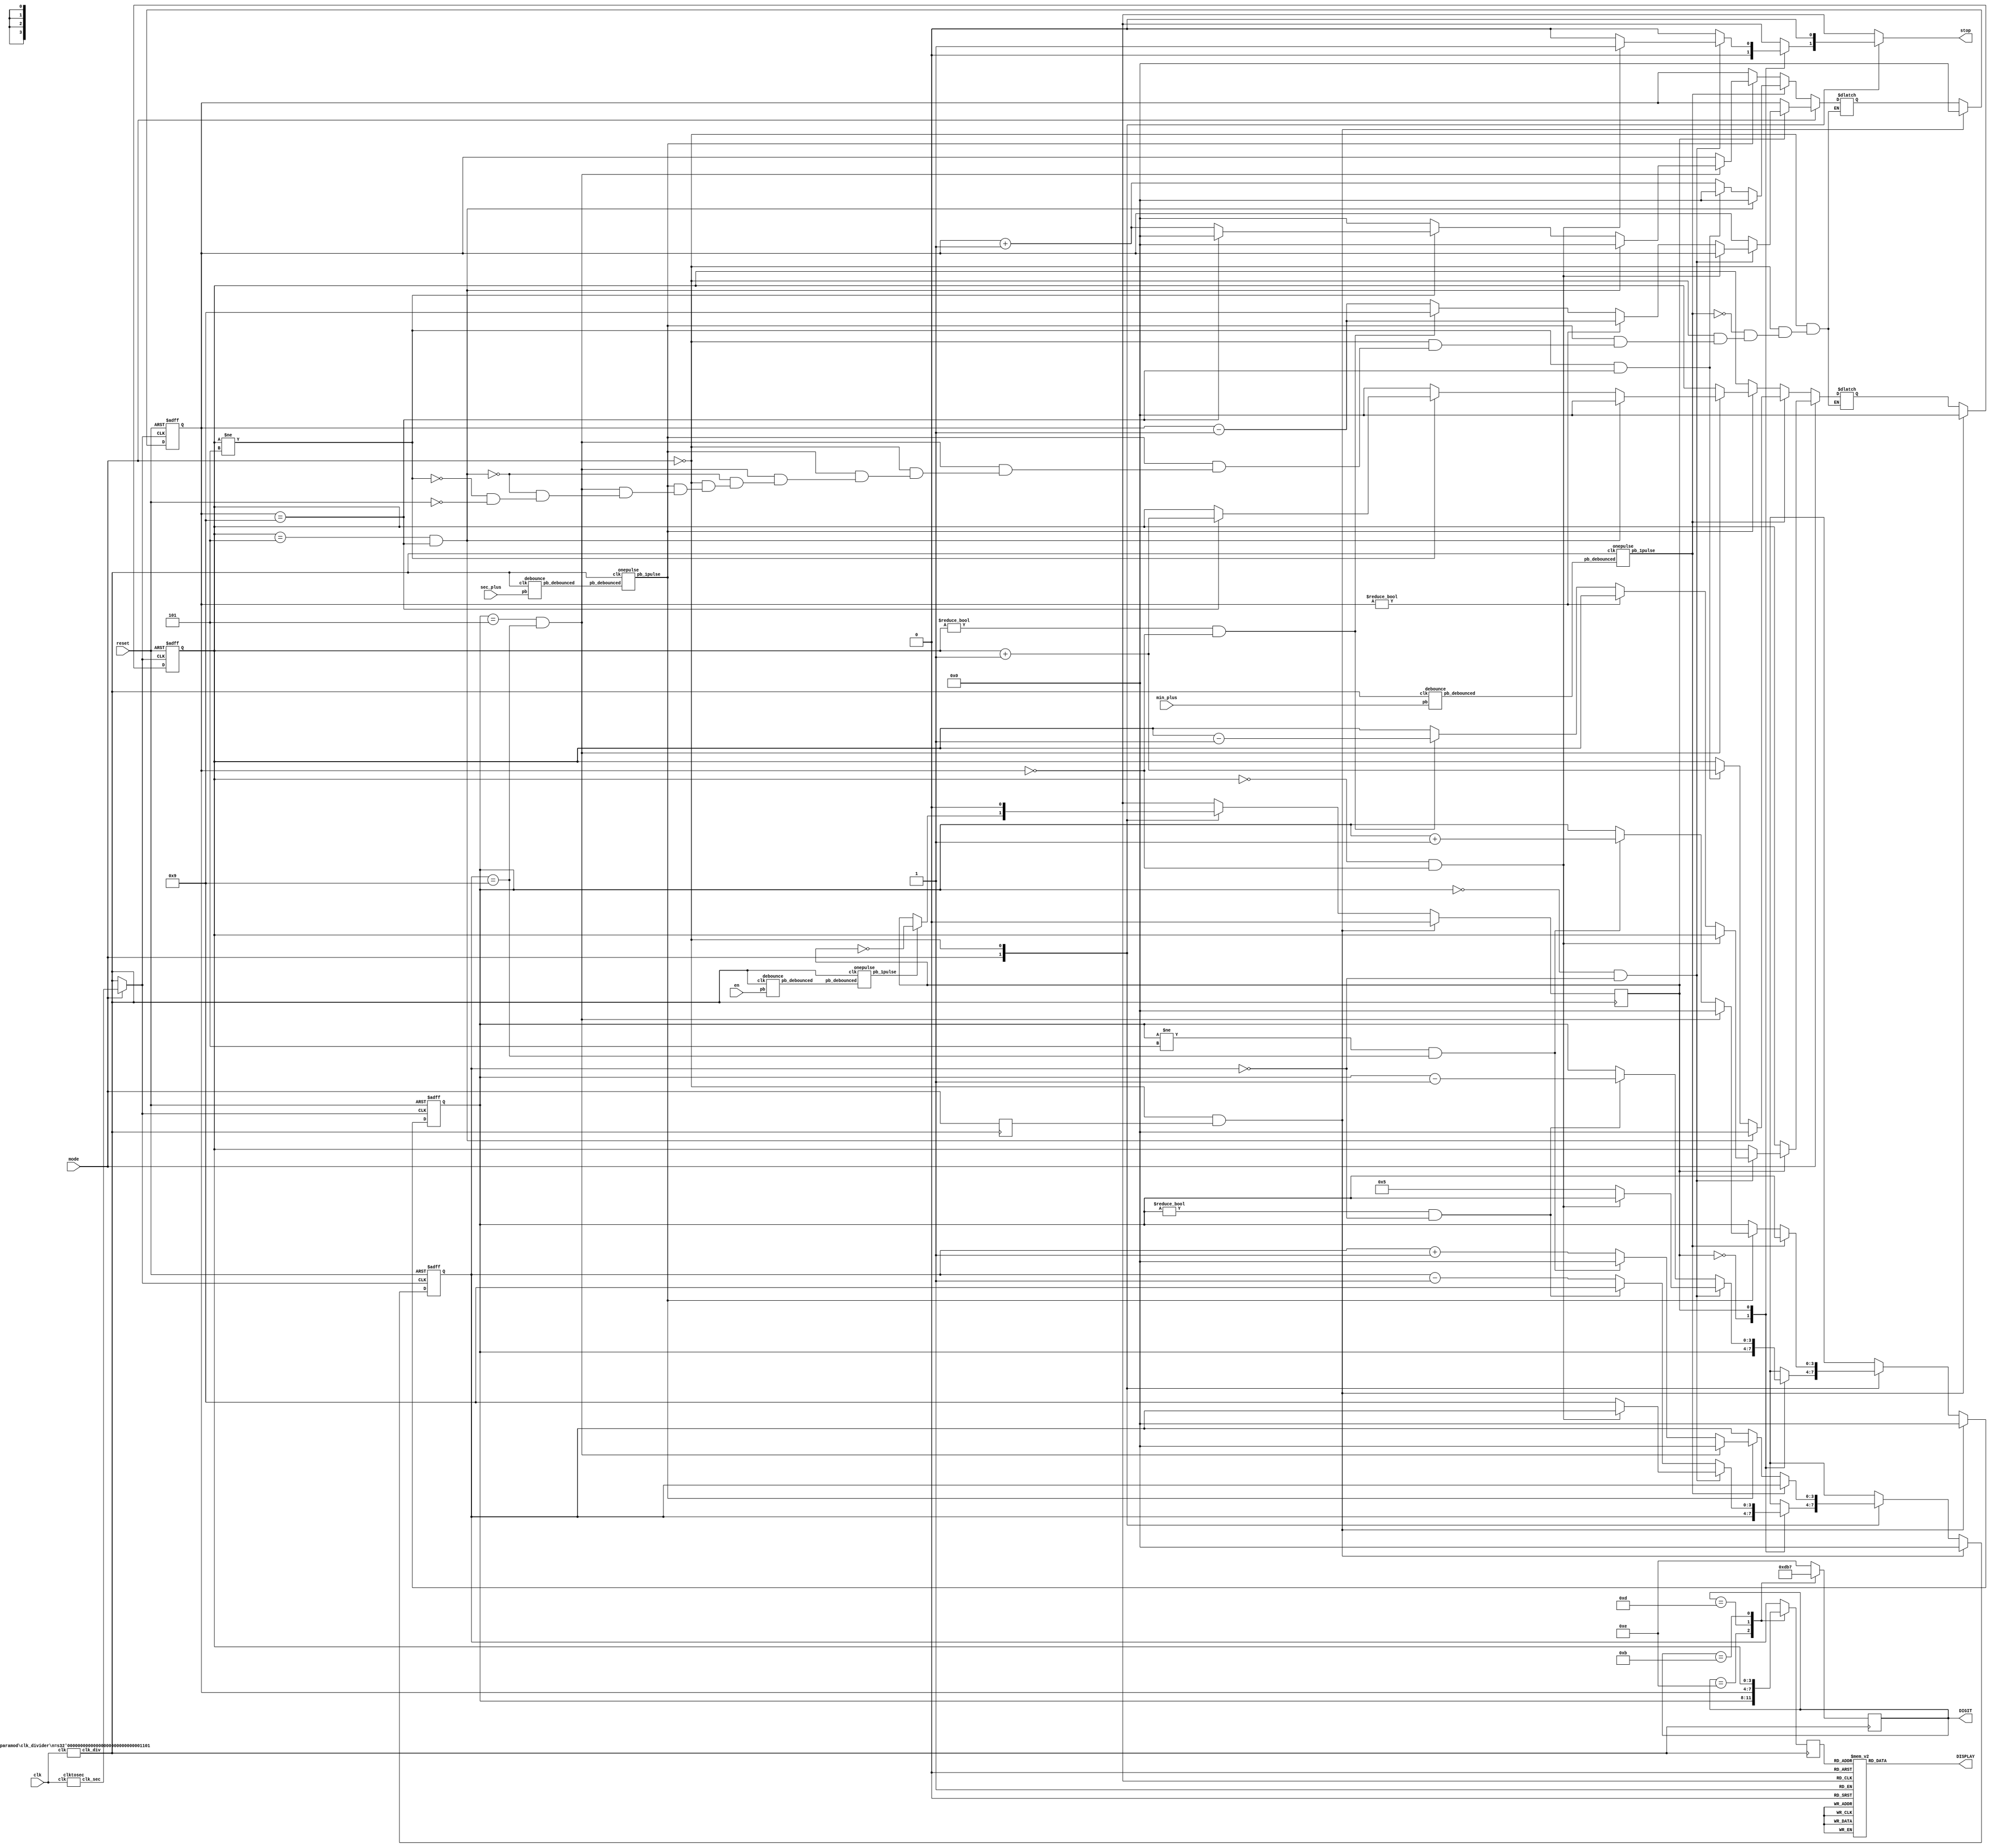
module lab4_3(input wire en,input wire reset,input wire clk,input wire mode,input wire min_plus,input wire sec_plus,
                output wire [3:0]DIGIT,output wire[6:0]DISPLAY,output wire stop);
        wire en_de;
        wire en_pul;
        wire sec_de;
        wire sec_pul;
        wire min_de;
        wire min_pul;
        wire set_de;
        wire set_pul;
        wire clk23;
        wire clk25;
        wire clk13;
        wire clk16;
        wire clk22;
        wire clk5;
        wire clk_;
        wire clksec;
        reg enable;
        reg nextenable;
        reg [3:0]nextBCD0;
        reg [3:0]nextBCD1;
        reg [3:0]nextBCD2;
        reg [3:0]nextBCD3;
        reg [6:0]sec;
        reg [6:0]min;
        reg [7:0]tmpnum;
        reg stp;
        reg [3:0] val;
        reg [3:0] BCD0;
        reg [3:0] BCD1;
        reg [3:0] BCD2;
        reg [3:0] BCD3;
        reg [6:0] display;
        reg [3:0] digit;
        reg premode;
        reg nextpremode;

        clk_divider #(23)clk1 (.clk(clk),.clk_div(clk23));
        clk_divider #(25)clk2 (.clk(clk),.clk_div(clk25));
        clk_divider #(13)clk3 (.clk(clk),.clk_div(clk13));
        clk_divider #(16)clk4 (.clk(clk),.clk_div(clk16));
        clk_divider #(22)clk6 (.clk(clk),.clk_div(clk22));
        clk_divider #(5)clk7 (.clk(clk),.clk_div(clk5));
        clktosec clk8(.clk(clk),.clk_sec(clksec));

        debounce de1(.pb_debounced(en_de),.pb(en),.clk(clk13));
        onepulse on1(.clk(clk13),.pb_debounced(en_de),.pb_1pulse(en_pul));

        debounce de2(.pb_debounced(sec_de),.pb(sec_plus),.clk(clk13));
        onepulse on2(.clk(clk13),.pb_debounced(sec_de),.pb_1pulse(sec_pul));

        debounce de3(.pb_debounced(min_de),.pb(min_plus),.clk(clk13));
        onepulse on3(.clk(clk13),.pb_debounced(min_de),.pb_1pulse(min_pul));

       /* debounce de4(.pb_debounced(set_de),.pb(setmode),.clk(clk));
        onepulse on4(.clk(clk13),.pb_debounced(set_de),.pb_1pulse(set_pul));*/

        always@(*)
            begin
                if(reset==1'b1) begin nextBCD0=4'b0000;nextBCD1=4'b0000;nextBCD2=4'b0000;nextBCD3=4'b0000;
                nextenable=1'b0; stp=1'b0; end
                nextpremode=mode;
                case(mode)
                1'b1:begin
                    nextenable=(en_pul==1'b1)? !enable:enable;
                        case(enable)
                            1'b0:begin
                                {nextBCD1,nextBCD0}={BCD1,BCD0};
                                {nextBCD3,nextBCD2}={BCD3,BCD2};
                                stp=1'b0;
                                end
                            1'b1:begin
                                if(BCD1==4'b0000&&BCD0==4'b0000)
                                begin 
                                    if(BCD3==4'b0000&&BCD2==4'b0000) begin nextBCD3=BCD3; nextBCD2=BCD2; nextBCD1=BCD1; nextBCD0=BCD0; stp=1'b1; end
                                    else if(BCD2!=4'b0000) begin  nextBCD3=BCD3; nextBCD2=BCD2-1; nextBCD1=4'b0101; nextBCD0=4'b1001; stp=1'b0; end
                                    else if(BCD3!=4'b0000 && BCD2==4'b0000) begin nextBCD3=BCD3-1; nextBCD2=4'b1001; nextBCD1=4'b0101; nextBCD0=4'b1001; stp=1'b0; end
                                    else begin nextBCD3=BCD3; nextBCD2=BCD2-1; nextBCD1=4'b0101; nextBCD0=4'b1001; stp=1'b0; end
                                end
                                else if(BCD1!=4'b0000&&BCD0==4'b0000) begin nextBCD3=BCD3; nextBCD2=BCD2; nextBCD1=BCD1-1; nextBCD0=4'b1001; stp=1'b0; end
                                else begin  nextBCD3=BCD3; nextBCD2=BCD2; nextBCD1=BCD1; nextBCD0=BCD0-1; stp=1'b0; end
                                end
                            
                        endcase
                    end
                1'b0:begin  
                    stp=1'b0;
                    nextenable=1'b0;
                    if(sec_pul==1'b1)
                        begin
                            if(BCD1==4'b0101&&BCD0==4'b1001)
                             begin  
                                nextBCD1=4'b0000;nextBCD0=4'b0000;
                                if(BCD3==4'b0101&&BCD2==4'b1001)begin nextBCD3=4'b0000;nextBCD2=4'b0000; end
                                else if(BCD3!=4'b0101)
                                    begin  
                                        if(BCD2==4'b1001) begin nextBCD3=BCD3+1; nextBCD2=4'b0000; end
                                        else begin nextBCD3=BCD3; nextBCD2=BCD2+1; end
                                    end 
                             end
                            else if(BCD1!=4'b0101&&BCD0==4'b1001) begin nextBCD3=BCD3; nextBCD2=BCD2;nextBCD1=BCD1+1; nextBCD0=4'b0000; end
                            else begin nextBCD3=BCD3; nextBCD2=BCD2; nextBCD1=BCD1; nextBCD0=BCD0+1; end
                            stp=1'b0;
                        end
                    else
                        begin
                             nextBCD1=BCD1;
                            nextBCD0=BCD0;
                            nextBCD2=BCD2;
                            nextBCD3=BCD3;
                        end      
                    if(min_pul==1'b1)
                        begin
                            if(BCD3==4'b0101&&BCD2==4'b1001) begin nextBCD3=4'b0000; nextBCD2=4'b0000; nextBCD1=BCD1; nextBCD0=BCD0; end
                            else if(BCD3!=4'b0101&&BCD2==4'b1001) begin nextBCD3=BCD3+1; nextBCD2=4'b0000; nextBCD1=BCD1; nextBCD0=BCD0; end
                            else begin nextBCD3=BCD3; nextBCD2=BCD2+1; nextBCD1=BCD1; nextBCD0=BCD0; end
                            stp=1'b0;
                        end
                    end
                endcase
                case(val)
                    4'b0000: begin display=7'b0000001; end
                    4'b0001: begin display=7'b1001111; end
                    4'b0010: begin display=7'b0010010; end
                    4'b0011: begin display=7'b0000110; end
                    4'b0100: begin display=7'b1001100; end
                    4'b0101: begin display=7'b0100100; end
                    4'b0110: begin display=7'b0100000; end
                    4'b0111: begin display=7'b0001111; end
                    4'b1000: begin display=7'b0000000; end
                    4'b1001: begin display=7'b0000100; end
                    default:  begin display=7'b0000001; end
                endcase  
            end
        always@(posedge clk13) //update FSM
            begin
                
                if(mode==1'b0&&premode==1'b1) begin enable<=1'b0; end
                else begin enable<=nextenable; end
                premode<=nextpremode;

            end
       always@(posedge clk_, posedge reset) //update counting number
            begin
                if(reset==1'b1)
                    begin
                        BCD0<=4'b0000;
                        BCD1<=4'b0000;
                        BCD2<=4'b0000;
                        BCD3<=4'b0000;
                        //stp<=1'b0;
                        //enable<=1'b0;
                    end
                else
                    begin
                        BCD0<=(mode==1'b0&&premode==1'b1)?0:nextBCD0;
                        BCD1<=(mode==1'b0&&premode==1'b1)?0:nextBCD1;
                        BCD2<=(mode==1'b0&&premode==1'b1)?0:nextBCD2;
                        BCD3<=(mode==1'b0&&premode==1'b1)?0:nextBCD3;
                        //stp<=1'b0;
                        //enable<=1'b1;
                        //enable<=(mode==1'b0&&premode==1'b1)?0:1;
                        
                        
                    end
            end
        always@(posedge clk13)
            begin
                case(digit)
                    4'b1110: begin val=BCD1; digit=4'b1101; end
                    4'b1101: begin val=BCD2; digit=4'b1011; end
                    4'b1011: begin val=BCD3; digit=4'b0111; end
                    4'b0111: begin val=BCD0; digit=4'b1110; end
                    default: begin val=BCD0; digit=4'b1110; end 
                endcase
            end
        assign DISPLAY=display;
        assign DIGIT=digit;
        assign stop=stp;
        assign clk_=(mode == 1) ? clksec : clk13 ;
endmodule
module debounce(pb_debounced,pb,clk);
    output pb_debounced;
    input pb;
    input clk;

    reg[3:0] shift_reg;
    always@(posedge clk)
        begin 
            shift_reg[3:1] <= shift_reg[2:0];
            shift_reg[0] <= pb;
        end
    assign pb_debounced=((shift_reg==4'b1111)?1'b1:1'b0);
endmodule
module onepulse (pb_debounced, clk, pb_1pulse);
    input pb_debounced;
    input clk;
    output pb_1pulse;
    reg pb_1pulse;
    reg pb_debounced_delay;
    always @(posedge clk) 
    begin
        
        if (pb_debounced == 1'b1 & pb_debounced_delay == 1'b0)
            begin
                pb_1pulse <= 1'b1;
            end
        else
            begin
                pb_1pulse <= 1'b0;
            end
        pb_debounced_delay <= pb_debounced;
    end
endmodule
module clk_divider(clk,clk_div);
    parameter n = 4;
    input clk;
    output clk_div;
    reg [n-1:0] num;
    wire [n-1:0] nextnum;
    always@(posedge clk)
        begin
            num=nextnum;
        end
    assign nextnum=num+1;
    assign clk_div=num[n-1];
endmodule
module clktosec(clk,clk_sec);
    parameter n = 30;
    input clk;
    output clk_sec;
    reg clk_sec;
    wire nextclk_sec;
    reg [n-1:0] num1;
    wire [n-1:0] nextnum1;
    always@(posedge clk)
        begin
            num1<=nextnum1;
            clk_sec<=nextclk_sec;
        end
    assign nextclk_sec=(num1==30'd49999999)? ~clk_sec:clk_sec;
    assign nextnum1=(num1==30'd49999999)? 0:num1+1;
    /*always@(*)
        begin
            if(num==30'd49999999) begin nextclk_sec<=~clk_sec; nextnum<=0; end 
            else begin nextclk_sec<=clk_sec; nextnum<=num+1; end
        end*/
endmodule